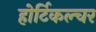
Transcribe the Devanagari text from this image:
होर्टिकल्चर